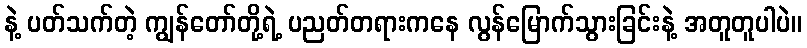
နဲ့ ပတ်သက်တဲ့ ကျွန်တော်တို့ရဲ့ ပညတ်တရားကနေ လွန်မြောက်သွားခြင်းနဲ့ အတူတူပါပဲ။